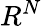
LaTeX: R^{N}